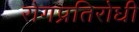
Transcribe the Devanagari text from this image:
रोगप्रतिरोधी